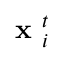
\textbf { x } _ { i } ^ { t }